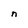
Character: n